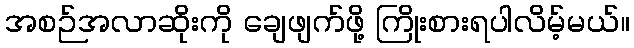
အစဉ်အလာဆိုးကို ချေဖျက်ဖို့ ကြိုးစားရပါလိမ့်မယ်။